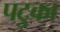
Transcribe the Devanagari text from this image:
पटुका